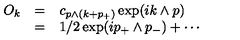
\begin{array} { r c l } { O _ { k } } & { = } & { \displaystyle c _ { p \wedge ( k + p _ { + } ) } \exp ( i k \wedge p ) } \\ { } & { = } & { \displaystyle 1 / 2 \exp ( i p _ { + } \wedge p _ { - } ) + \cdots } \\ \end{array}